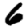
Digit: 6